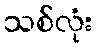
သစ်လုံး